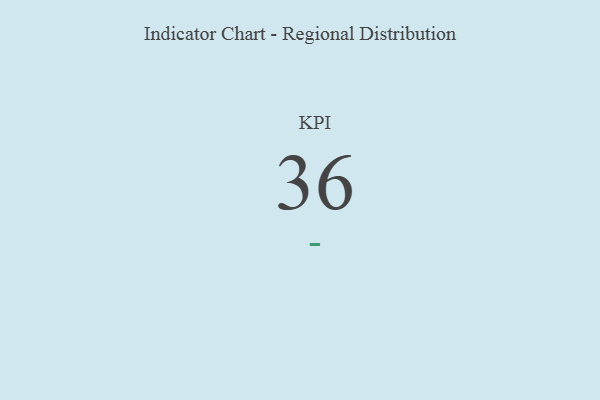
{"axis": {"x": "KPI", "y": "Value"}, "legend": [""], "data": [{"x": "KPI", "y": 36, "type": ""}]}